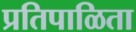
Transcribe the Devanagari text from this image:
प्रतिपाळिता